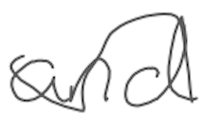
Text: and
Cross-out: wave
Writing tool: digital_gray